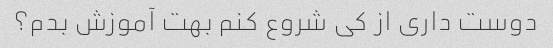
دوست داری از کی شروع کنم بهت آموزش بدم؟